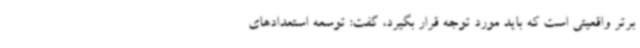
برتر واقعیتی است که باید مورد توجه قرار بگیرد، گفت: توسعه استعدادهای